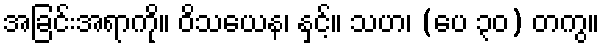
အခြင်းအရာကို။ ဝိသယေန၊ နှင့်။ သဟ၊ (ပေ ၃၀) တကွ။